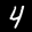
Label: 4